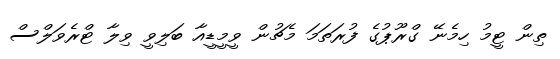
ތިން ޓީމު ހިމެނޭ ގްރޫޕުގެ ފުރަތަމަ މެޗުން ވީމީޑީއާ ބަލިވީ ވިލާ ޓްރެވަލްސް